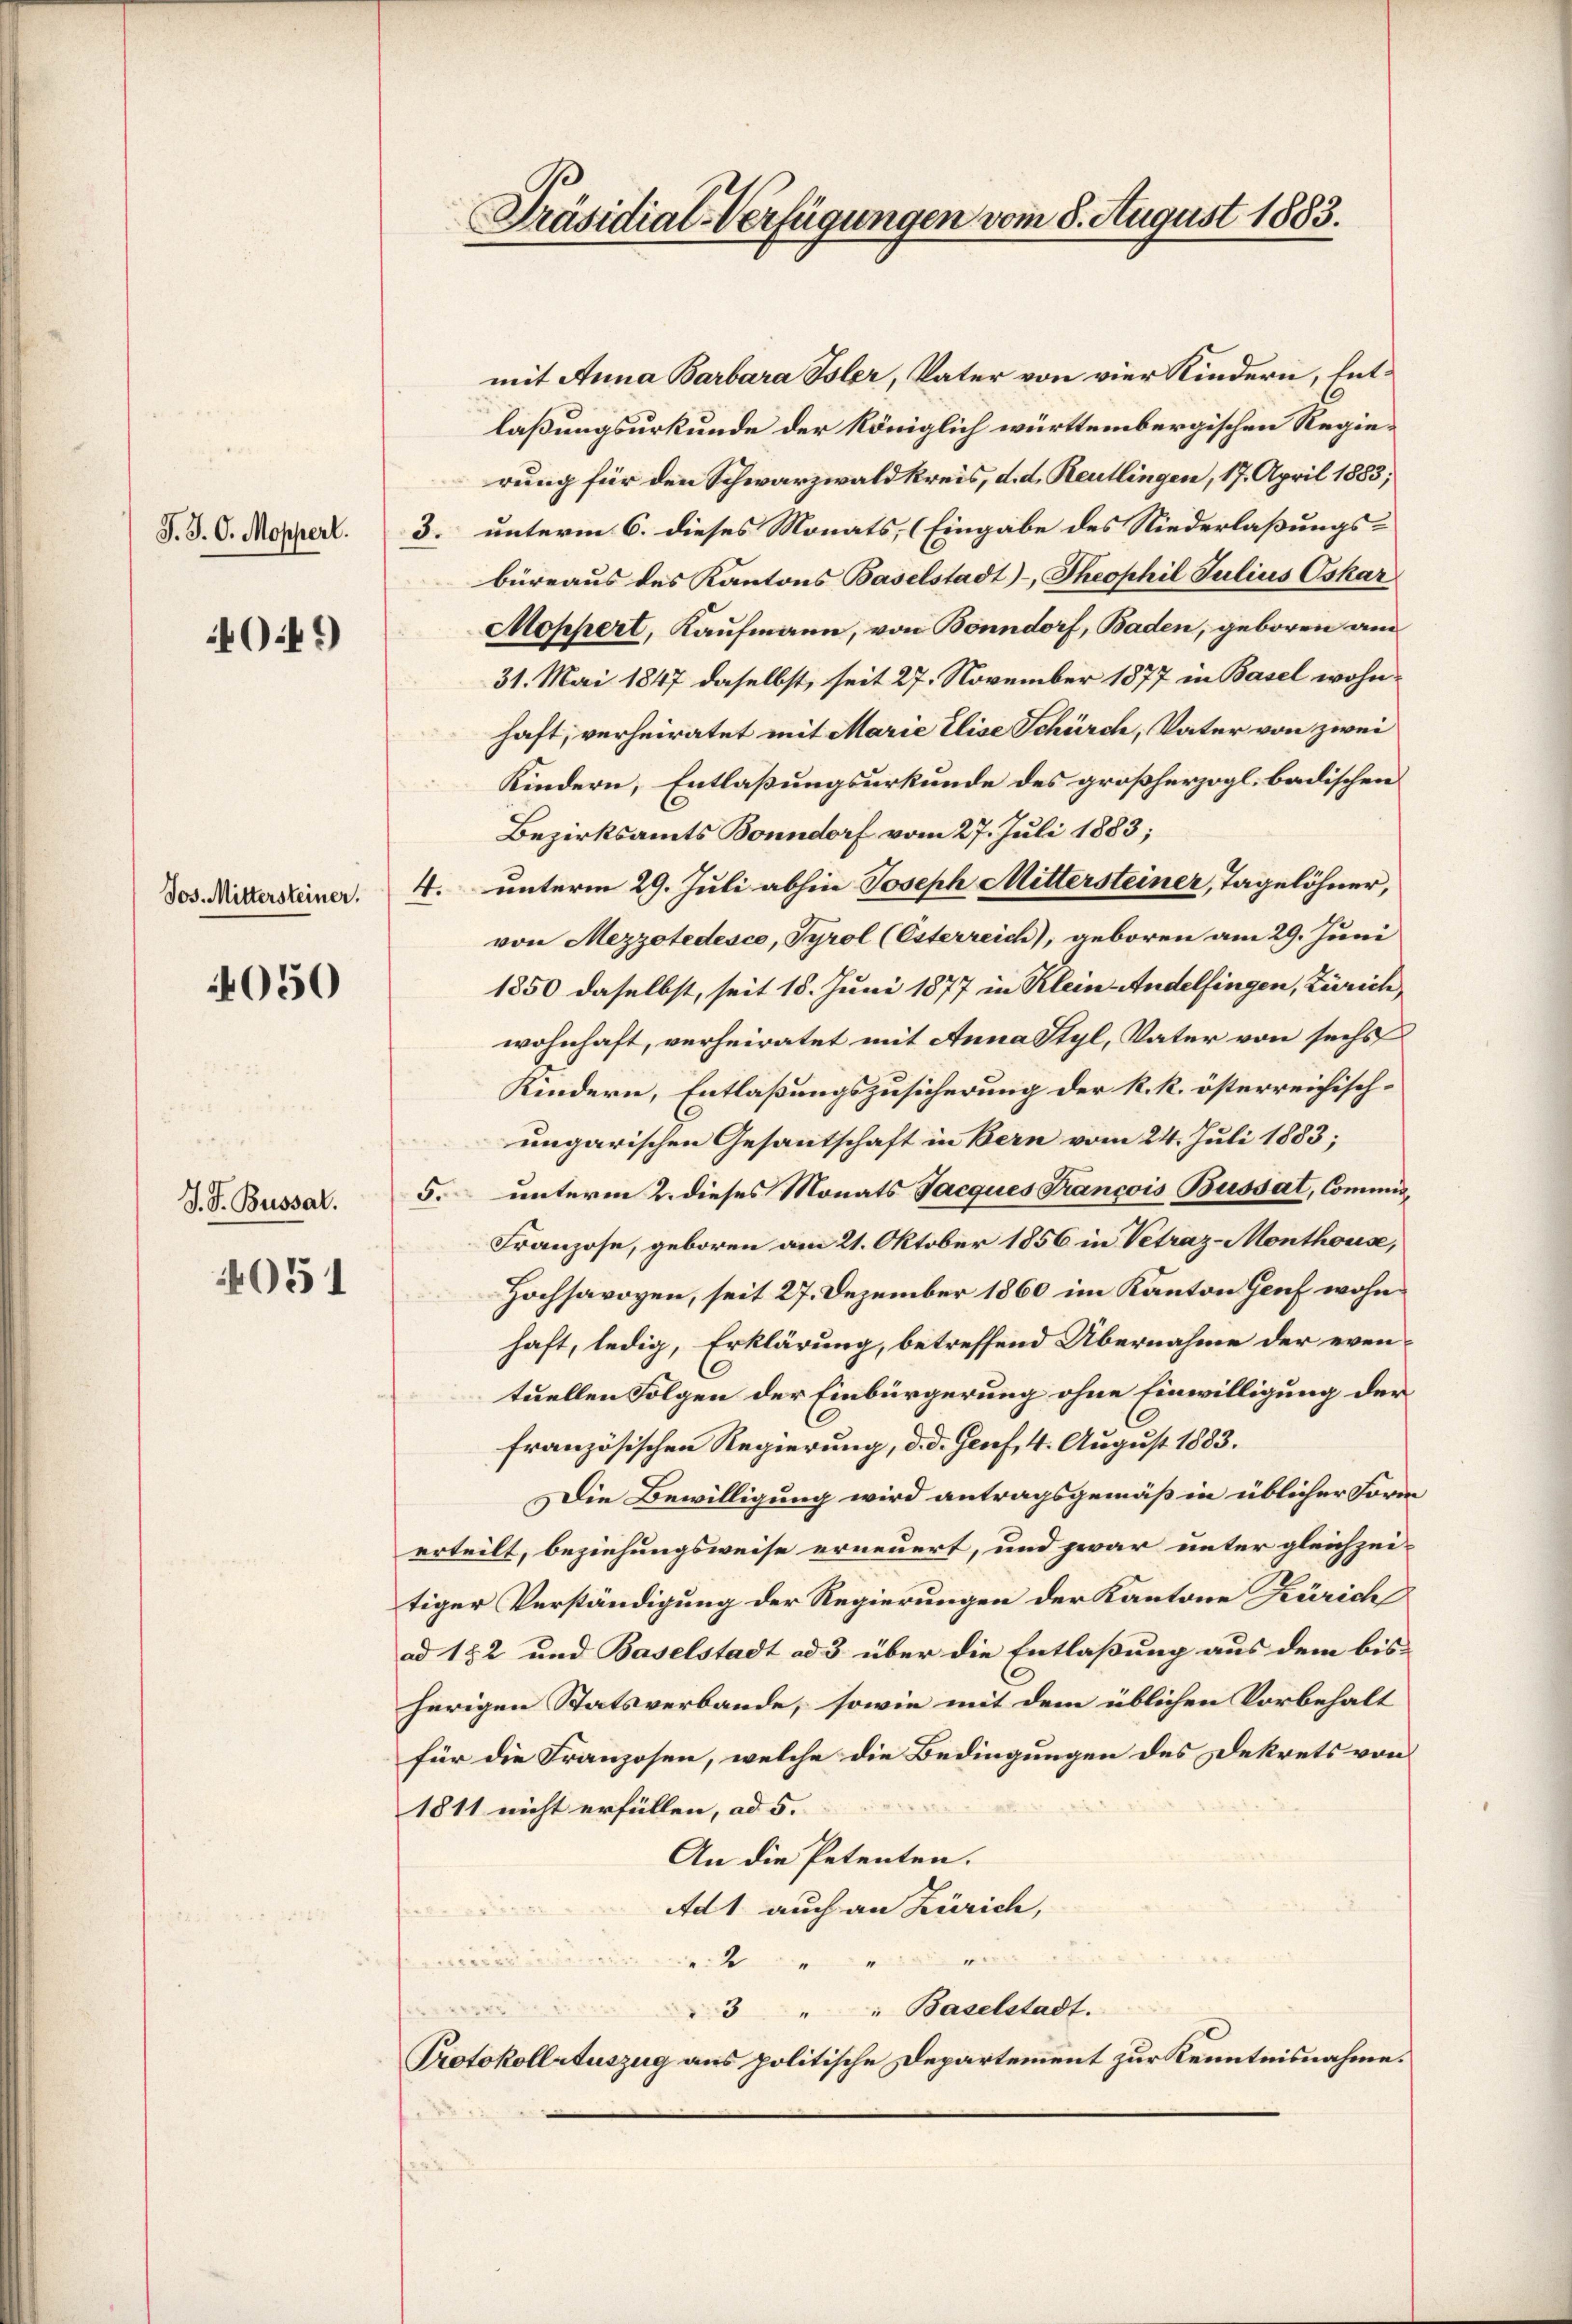
J. J. C. Moppert.

4049

050

J. F. Bussal.

4051

Präsidial-Verfügungen vom 8. August 1883.

mit Anna Barbara Isler, Vater von vier Kindern, Entlaßungsurkunde der königlich württembergischen Regierung für den Schwarzwald kreis, d. d. Reutlingen, 17. April 1883;
3. unterm 6. dieses Monats, (Eingabe des Niederlaßungs-
büreaus des Kantons Baselstadt)-, Theophil Julius Oskar
Moppert, Kaufmann, von Bonndorf, Baden, geboren am
31. Mai 1847 daselbst, seit 27. November 1877 in Basel wohnhaft, verheiratet mit Marie Elise Schürch, Vater von zwei
Kindern, Entlaßungsurkunde des großherzogl. badischen
Bezirksamts Bonndorf vom 27. Juli 1883;
dos. Mittersteiner. 4. unterm 29. Juli abhin Joseph Mittersteiner, Tagelöhner,
von Mezzotedesco, Tyrol (Esterreich), geboren am 29. Juni
1850 daselbst, seit 15. Juni 1877 in Klein-Andelfingen, Zürich,
wohnhaft, verheiratet mit Anna Styl, Vater von sechs
Kindern, Entlaßungszusicherung der k. k. österreichischungarischen Gesantschaft in Bern vom 24. Juli 1883;
5. unterm 2. dieses Monats Jacques Francois Busset, Commis¬
Franzose, geboren am 21. Oktober 1856 in Vetraz-Monthouse,
Hochsavoyen, seit 27. Dezember 1860 im Kanton Genf wohnhaft, ledig, Erklärung, betreffend Übernahme der eventuellen Folgen der Einbürgerung ohne Einwilligung der
französischen Regierung, d. d. Genf, 4. August 1883.
Die Bewilligung wird antragsgemäß in üblicher Form
erteilt, beziehungsweise erneuert, und zwar unter gleichzeitiger Verständigung der Regierungen der Kantone Zürich
ad 182 und Baselstadt ad 3 über die Entlaßung aus dem bisherigen Statsverbande, sowie mit dem üblichen Vorbehalt
für die Franzosen, welche die Bedingungen des Dekrets von
1811 nicht erfüllen, ad 5.
An die Petenten.
Ad 1 auch an Zürich,
“
2
7
3 " " Baselstadt.
Protokollsauszug aus politische Departement zur Kenntnisnahme.